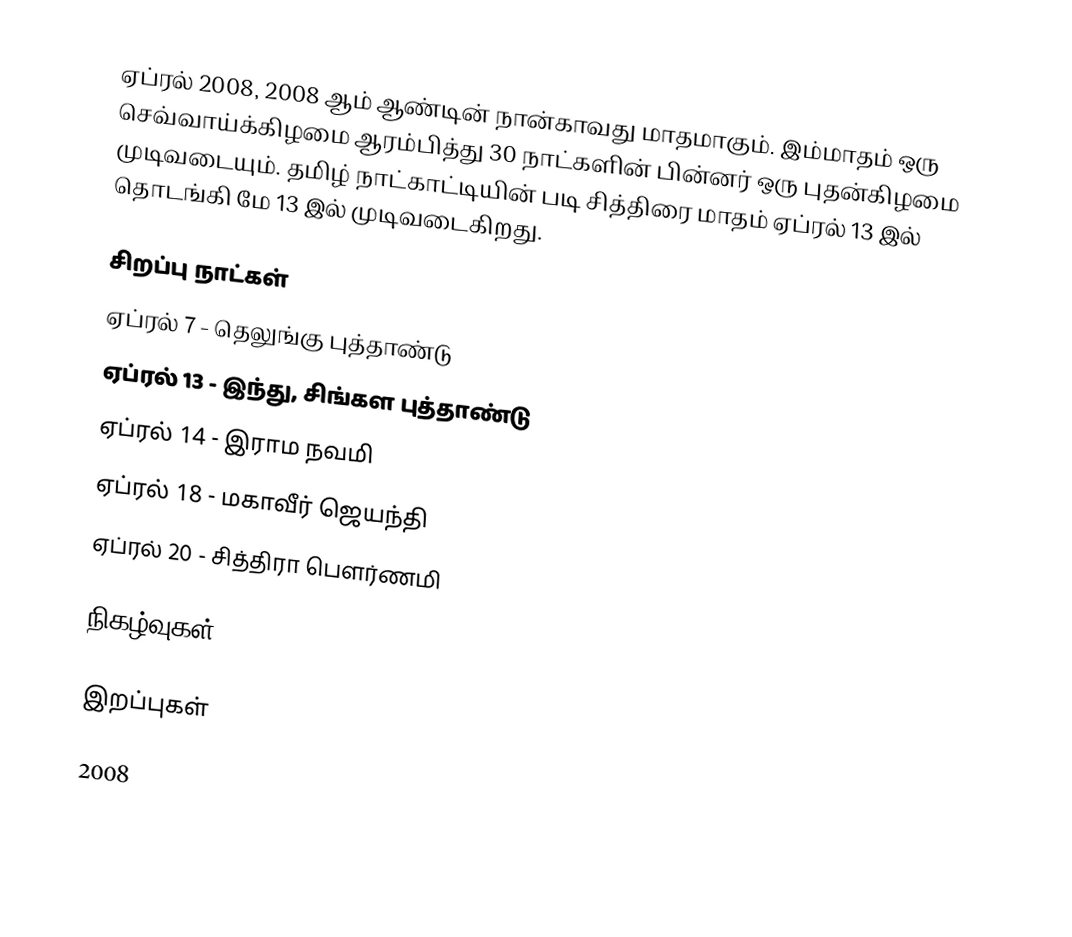
ஏப்ரல் 2008, 2008 ஆம் ஆண்டின் நான்காவது மாதமாகும். இம்மாதம் ஒரு செவ்வாய்க்கிழமை ஆரம்பித்து 30 நாட்களின் பின்னர் ஒரு புதன்கிழமை முடிவடையும். தமிழ் நாட்காட்டியின் படி சித்திரை மாதம் ஏப்ரல் 13 இல் தொடங்கி மே 13 இல் முடிவடைகிறது.

சிறப்பு நாட்கள்
 ஏப்ரல் 7 - தெலுங்கு புத்தாண்டு
 ஏப்ரல் 13 - இந்து, சிங்கள புத்தாண்டு
 ஏப்ரல் 14 - இராம நவமி
 ஏப்ரல் 18 - மகாவீர் ஜெயந்தி
 ஏப்ரல் 20 - சித்திரா பௌர்ணமி

நிகழ்வுகள்

இறப்புகள்

2008